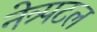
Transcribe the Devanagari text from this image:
नेत्र्पटल